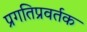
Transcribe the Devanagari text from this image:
प्रगतिप्रवर्तक